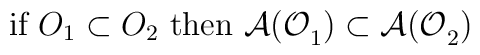
\hbox{if }O_{1}\subset O_{2}\hbox{ then }\mathcal{A(O}_{1}\mathcal{)}\subset \mathcal{A(O}_{2}\mathcal{)}